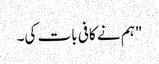
"ہم نے کافی بات کی۔